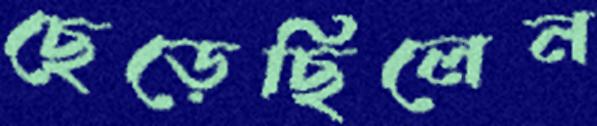
ছেড়েছিলেন